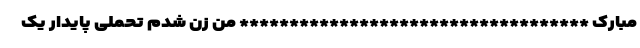
مبارک *********************************** من زن شدم تحملی پایدار یک